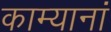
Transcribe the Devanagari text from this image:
काम्यानां